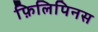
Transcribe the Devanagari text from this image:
फ़िलिपिनस